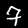
Label: 7